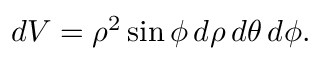
d V = \rho ^ { 2 } \sin \phi \, d \rho \, d \theta \, d \phi .